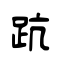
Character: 䟘